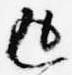
返